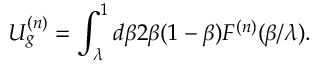
U _ { g } ^ { ( n ) } = \int _ { \lambda } ^ { 1 } d \beta 2 \beta ( 1 - \beta ) F ^ { ( n ) } ( \beta / \lambda ) .